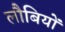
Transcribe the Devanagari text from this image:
लौबियों